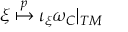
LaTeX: \xi \stackrel { p } { \mapsto } \iota _ { \xi } \omega _ { C } | _ { { \cal T } M }